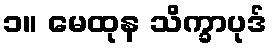
၁။ မေထုန သိက္ခာပုဒ်